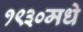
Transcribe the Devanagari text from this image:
१९३०मधे